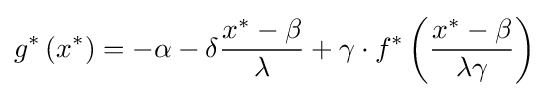
g^{*}\left(x^{*}\right)=-\alpha -\delta {\frac {x^{*}-\beta }{\lambda }}+\gamma \cdot f^{*}\left({\frac {x^{*}-\beta }{\lambda \gamma }}\right)